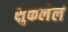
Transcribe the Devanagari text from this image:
सुकलेलं